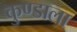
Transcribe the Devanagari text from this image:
कुण्डाला